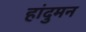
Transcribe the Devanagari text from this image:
हांदुमन